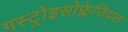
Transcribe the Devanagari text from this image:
गस्ट्रोइसोफ्लेजियल